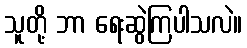
သူတို့ ဘာ ရေးဆွဲကြပါသလဲ။